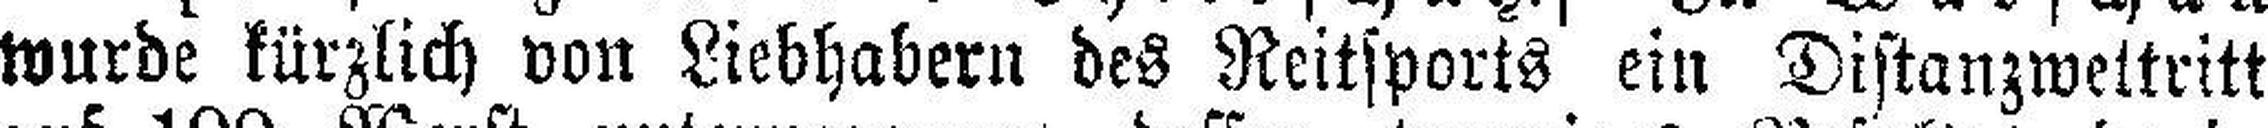
wurde kürzlich von Liebhabern des Reitsports ein Distanzweltritt